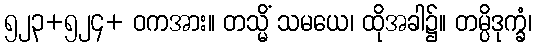
၅၂၃+၅၂၄+ ဝကအား။ တသ္မိံ သမယေ၊ ထိုအခါ၌။ တမ္ပိဒုက္ခံ၊